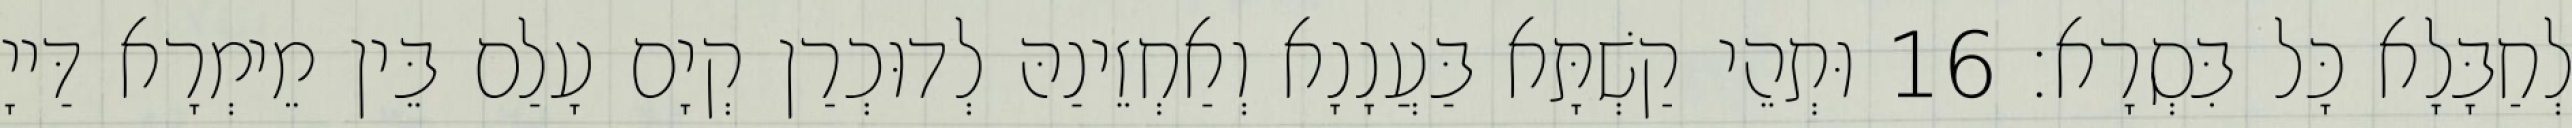
לְחַבָּלָא כָּל בִּסְרָא׃ 16 וּתְהֵי קַשְׁתָּא בַּעֲנָנָא וְאַחְזֵינַהּ לְדוּכְרַן קְיָם עָלַם בֵּין מֵימְרָא דַּייָ